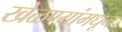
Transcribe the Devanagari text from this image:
खेळण्यांमधून